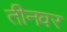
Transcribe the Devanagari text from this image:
तीनवर